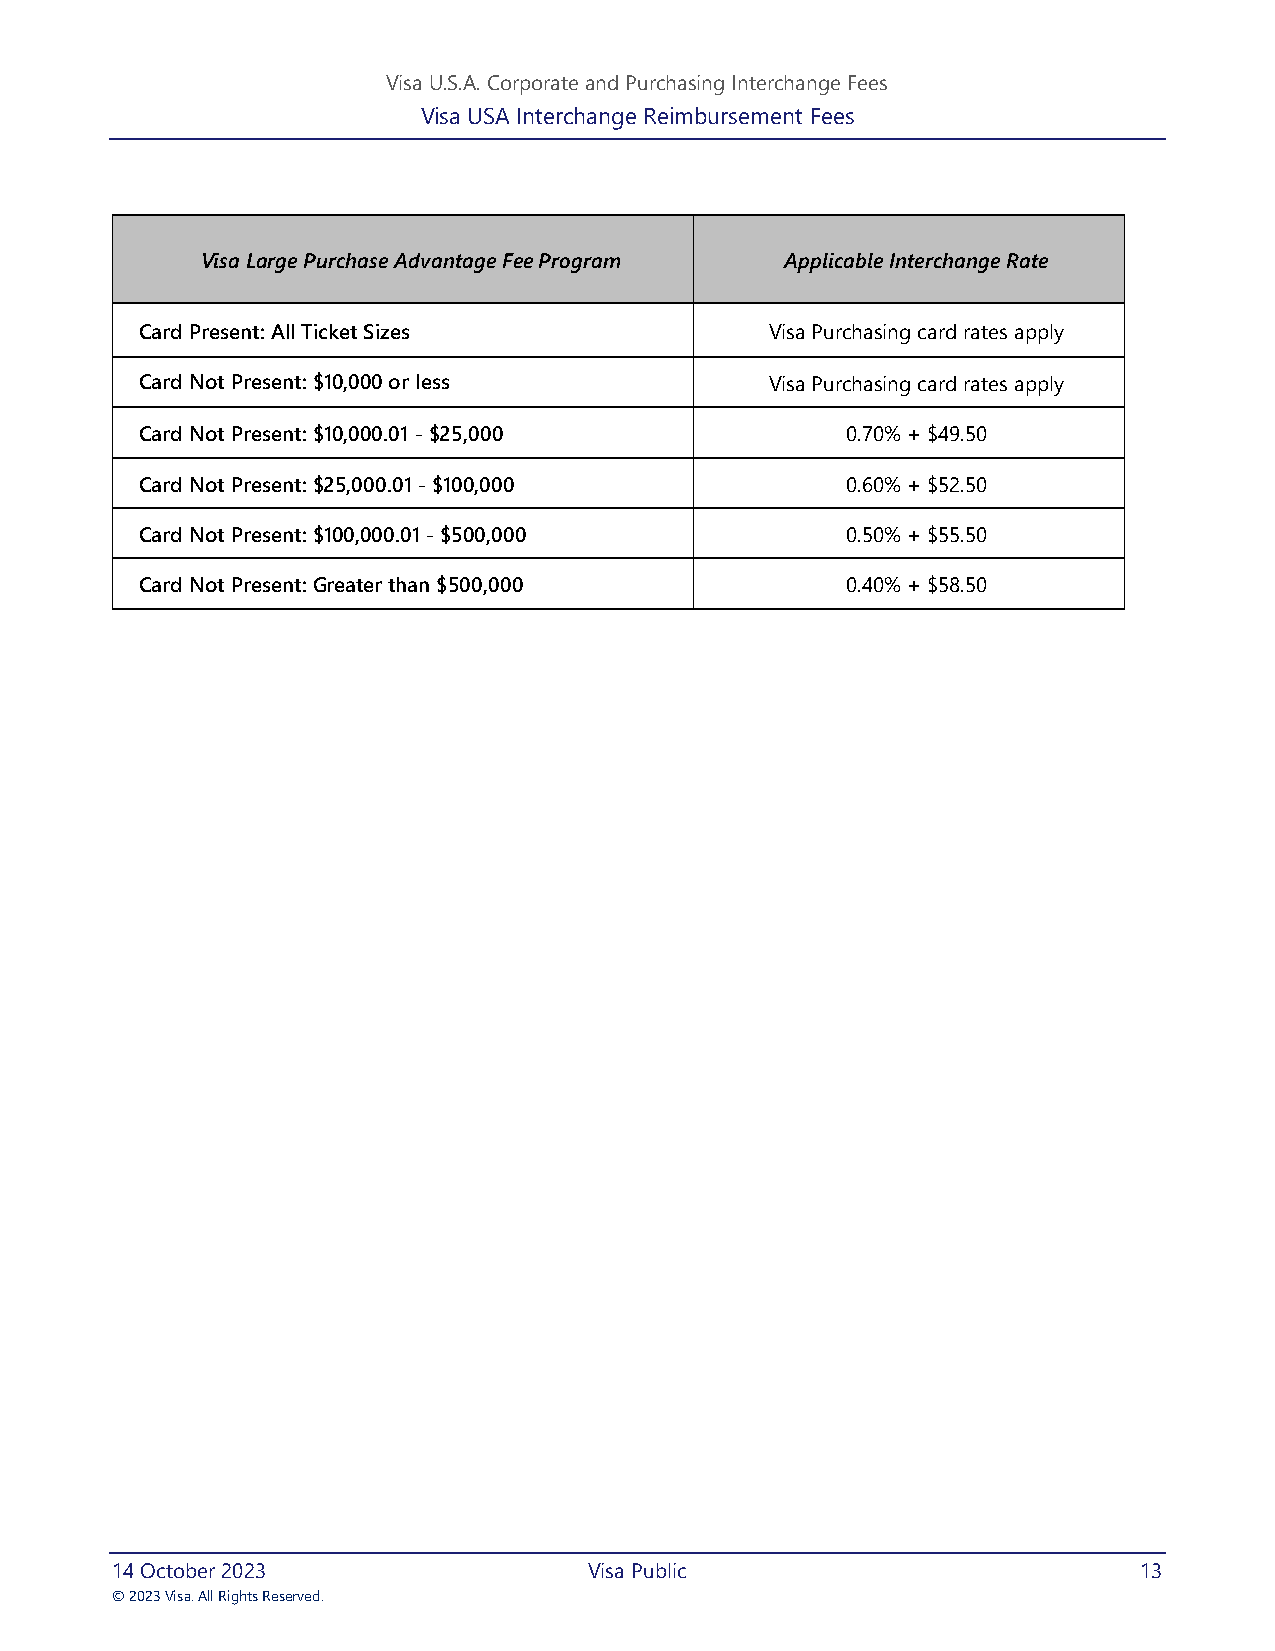
Visa U.S.A. Corporate and Purchasing Interchange Fees
 Visa USA Interchange Reimbursement Fees
 Visa Large Purchase Advantage Fee Program Applicable Interchange Rate
 Card Present: All Ticket Sizes            Visa Purchasing card rates apply
 Card Not Present: $10,000 or less         Visa Purchasing card rates apply
 Card Not Present: $10,000.01 - $25,000         0.70% + $49.50
 Card Not Present: $25,000.01 - $100,000        0.60% + $52.50
 Card Not Present: $100,000.01 - $500,000       0.50% + $55.50
 Card Not Present: Greater than $500,000        0.40% + $58.50
 14 October 2023                 Visa Public                         13
 © 2023 Visa. All Rights Reserved.